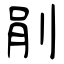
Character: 剈